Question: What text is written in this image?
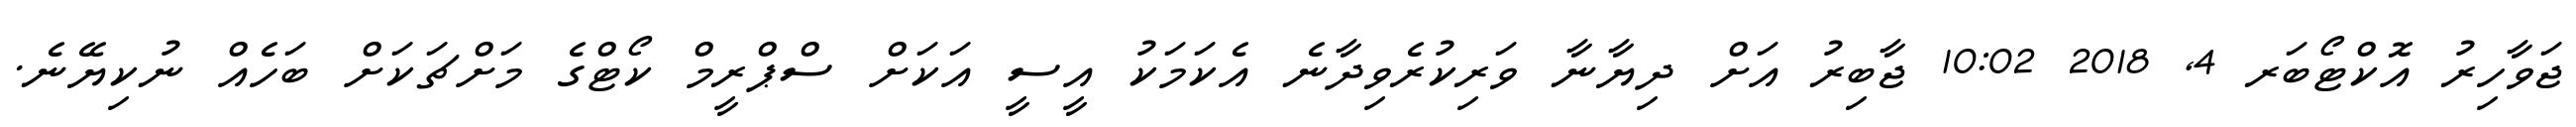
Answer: ޖަވާހިރު އޮކްޓޯބަރ 4, 2018 10:02 ޖާބިރު އަށް ދިޔާނާ ވަރިކުރެވިދާނެ އެކަމަކު އީސީ އަކަށް ސްޕްރީމް ކޯޓްގެ މަށްޗަކަށް ބަހެއް ނުކިޔޭނެ.